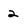
Character: 2